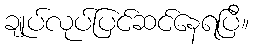
ချုပ်လုပ်ပြင်ဆင်နေရပြီ။